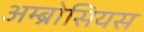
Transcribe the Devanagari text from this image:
अम्ब्रोसियस